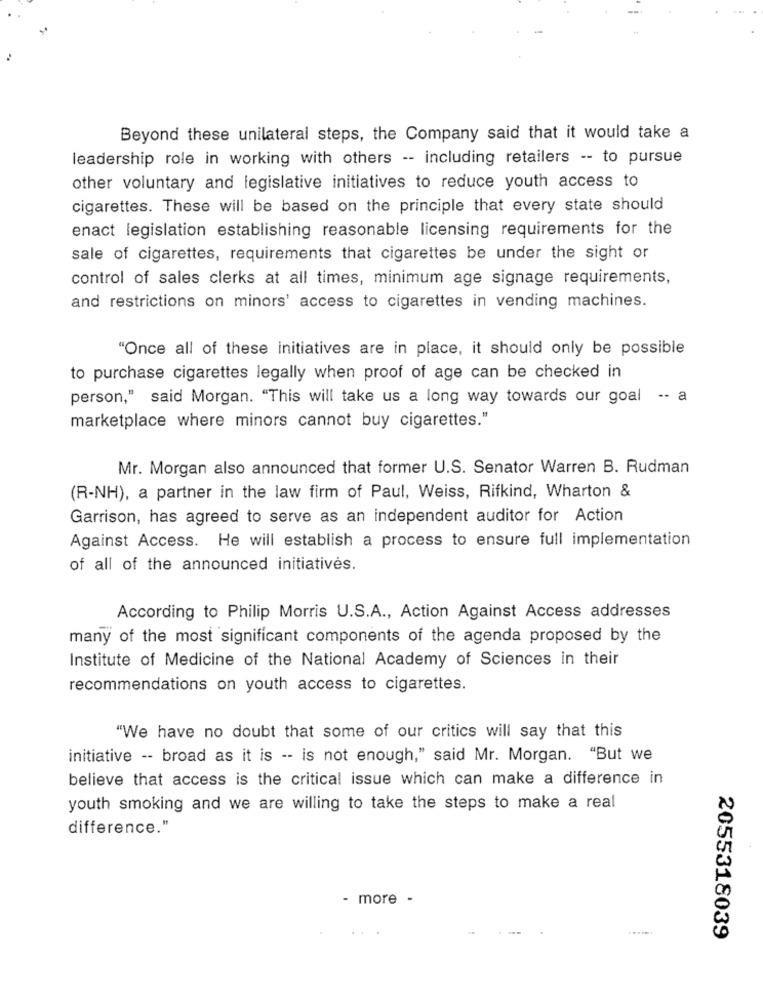
Beyond these unilateral steps, the Company said that it would take a
leadership role in working with others -- including retailers -- to pursue
other voluntary and legislative initiatives to reduce youth access to
cigarettes. These will be based on the principle that every state should
enact legislation establishing reasonable licensing requirements for the
sale of cigarettes, requirements that cigarettes be under the sight or
control of sales clerks at all times, minimum age signage requirements,
and restrictions on minors' access to cigarettes in vending machines.
"Once all of these initiatives are in place, it should only be possible
to purchase cigarettes legally when proof of age can be checked in
person," said Morgan. "This will take us a long way towards our goal -- a
marketplace where minors cannot buy cigarettes."
Mr. Morgan also announced that former U.S. Senator Warren B. Rudman
(R-NH), a partner in the law firm of Paul, Weiss, Rifkind, Wharton &
Garrison, has agreed to serve as an independent auditor for Action
Against Access. He will establish a process to ensure full implementation
of all of the announced initiatives.
According to Philip Morris U.S.A ., Action Against Access addresses
many of the most significant components of the agenda proposed by the
Institute of Medicine of the National Academy of Sciences in their
recommendations on youth access to cigarettes.
"We have no doubt that some of our critics will say that this
initiative -- broad as it is -- is not enough," said Mr. Morgan. "But we
believe that access is the critical issue which can make a difference in
youth smoking and we are willing to take the steps to make a real
difference."
- more -
.....
2055318039